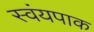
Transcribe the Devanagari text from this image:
स्वंयपाक